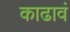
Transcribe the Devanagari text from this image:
काढावं